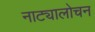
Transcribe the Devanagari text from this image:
नाट्यालोचन